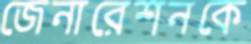
জেনারেশনকে